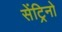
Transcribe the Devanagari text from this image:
सेंट्रिनो